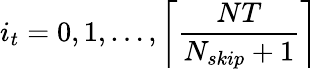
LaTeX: i_{t}=0,1,\ldots,\left\lceil\frac{NT}{N_{skip}+1}\right\rceil